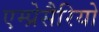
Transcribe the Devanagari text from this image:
एम्प्रेसैरियो